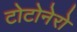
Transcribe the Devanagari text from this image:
टोटोनेरो